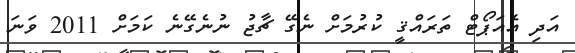
އަދި އެއަޕޯޓް ތަރައްޤީ ކުރުމަށް ނެގޭ ޗާޖު ނުނެގޭނެ ކަމަށް 2011 ވަނަ